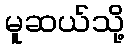
မူဆယ်သို့